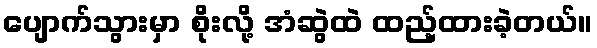
ပျောက်သွားမှာ စိုးလို့ အံဆွဲထဲ ထည့်ထားခဲ့တယ်။